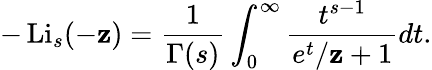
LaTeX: -\operatorname{Li}_{s}(-\mathbf{z})={\frac{{1}}{{\Gamma(s)}}}\int_{0}^{\infty}{\frac{{t^{s-1}}}{{e^{t}/\mathbf{z}+1}}}dt.